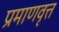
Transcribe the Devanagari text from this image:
प्रमाणवृत्त